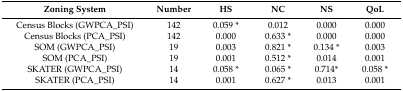
<table><thead><tr><td><b>Zoning System</b></td><td><b>Number </b></td><td><b>HS</b></td><td><b>NC</b></td><td><b>NS</b></td><td><b>QoL</b></td></tr></thead><tbody><tr><td>Census Blocks (GWPCA_PSI)</td><td>142</td><td>0.059 *</td><td>0.012</td><td>0.000</td><td>0.000</td></tr><tr><td>Census Blocks (PCA_PSI)</td><td>142</td><td>0.000</td><td>0.633 *</td><td>0.000</td><td>0.000</td></tr><tr><td>SOM (GWPCA_PSI)</td><td>19</td><td>0.003</td><td>0.821 *</td><td>0.134 *</td><td>0.003</td></tr><tr><td>SOM (PCA_PSI)</td><td>19</td><td>0.001</td><td>0.512 *</td><td>0.014</td><td>0.001</td></tr><tr><td>SKATER (GWPCA_PSI)</td><td>14</td><td>0.058 *</td><td>0.065 *</td><td>0.714*</td><td>0.058 *</td></tr><tr><td>SKATER (PCA_PSI)</td><td>14</td><td>0.001</td><td>0.627 *</td><td>0.013</td><td>0.001</td></tr></tbody></table>